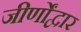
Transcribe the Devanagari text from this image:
जीर्णोंद्वार